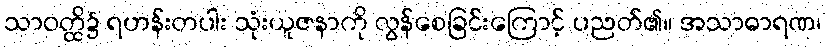
သာဝတ္ထိ၌ ရဟန်းတပါး သုံးယူဇနာကို လွန်စေခြင်းကြောင့် ပညတ်၏။ အသာဓာရဏ၊